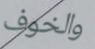
والخوف